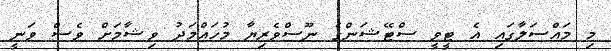
މި މައްސަލާގައި އެ ޓީވީ ސްޓޭޝަންގެ ނޫސްވެރިޔާ މުހައްމަދު ވިޝާމަށް ވެސް ވަނީ